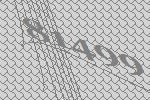
81499